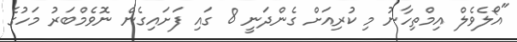
"އޯލެވެލް އިމްތިހާނު މި ކުރިއަށް ގެންދަނީ 8 ގައި ފަށައިގެން ނޮވެމްބަރު މަހުގެ